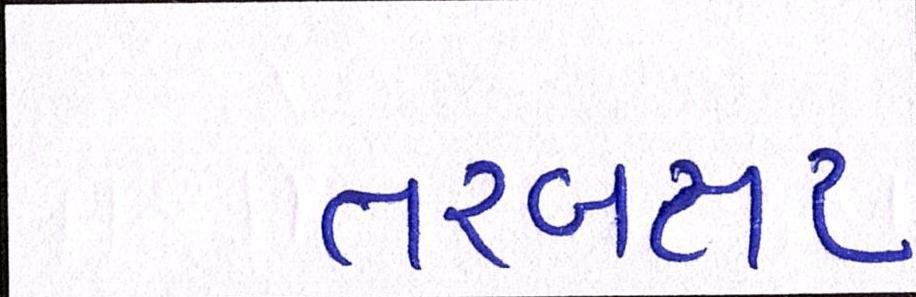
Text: તરબતર